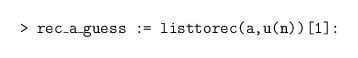
\begin{align*}\texttt{> rec\_a\_guess := listtorec(a,u(n))[1]:}\end{align*}